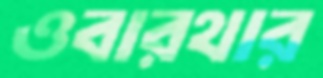
ওবারথার